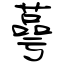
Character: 萼